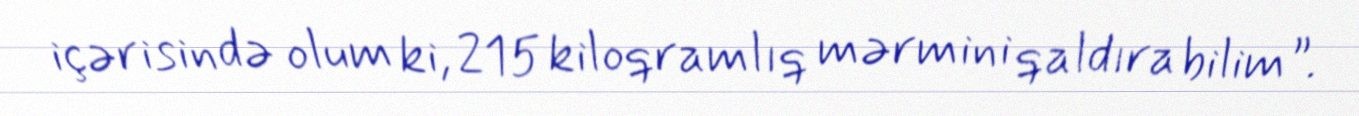
içərisində olum ki, 215 kiloqramlıq mərmini qaldıra bilim”.